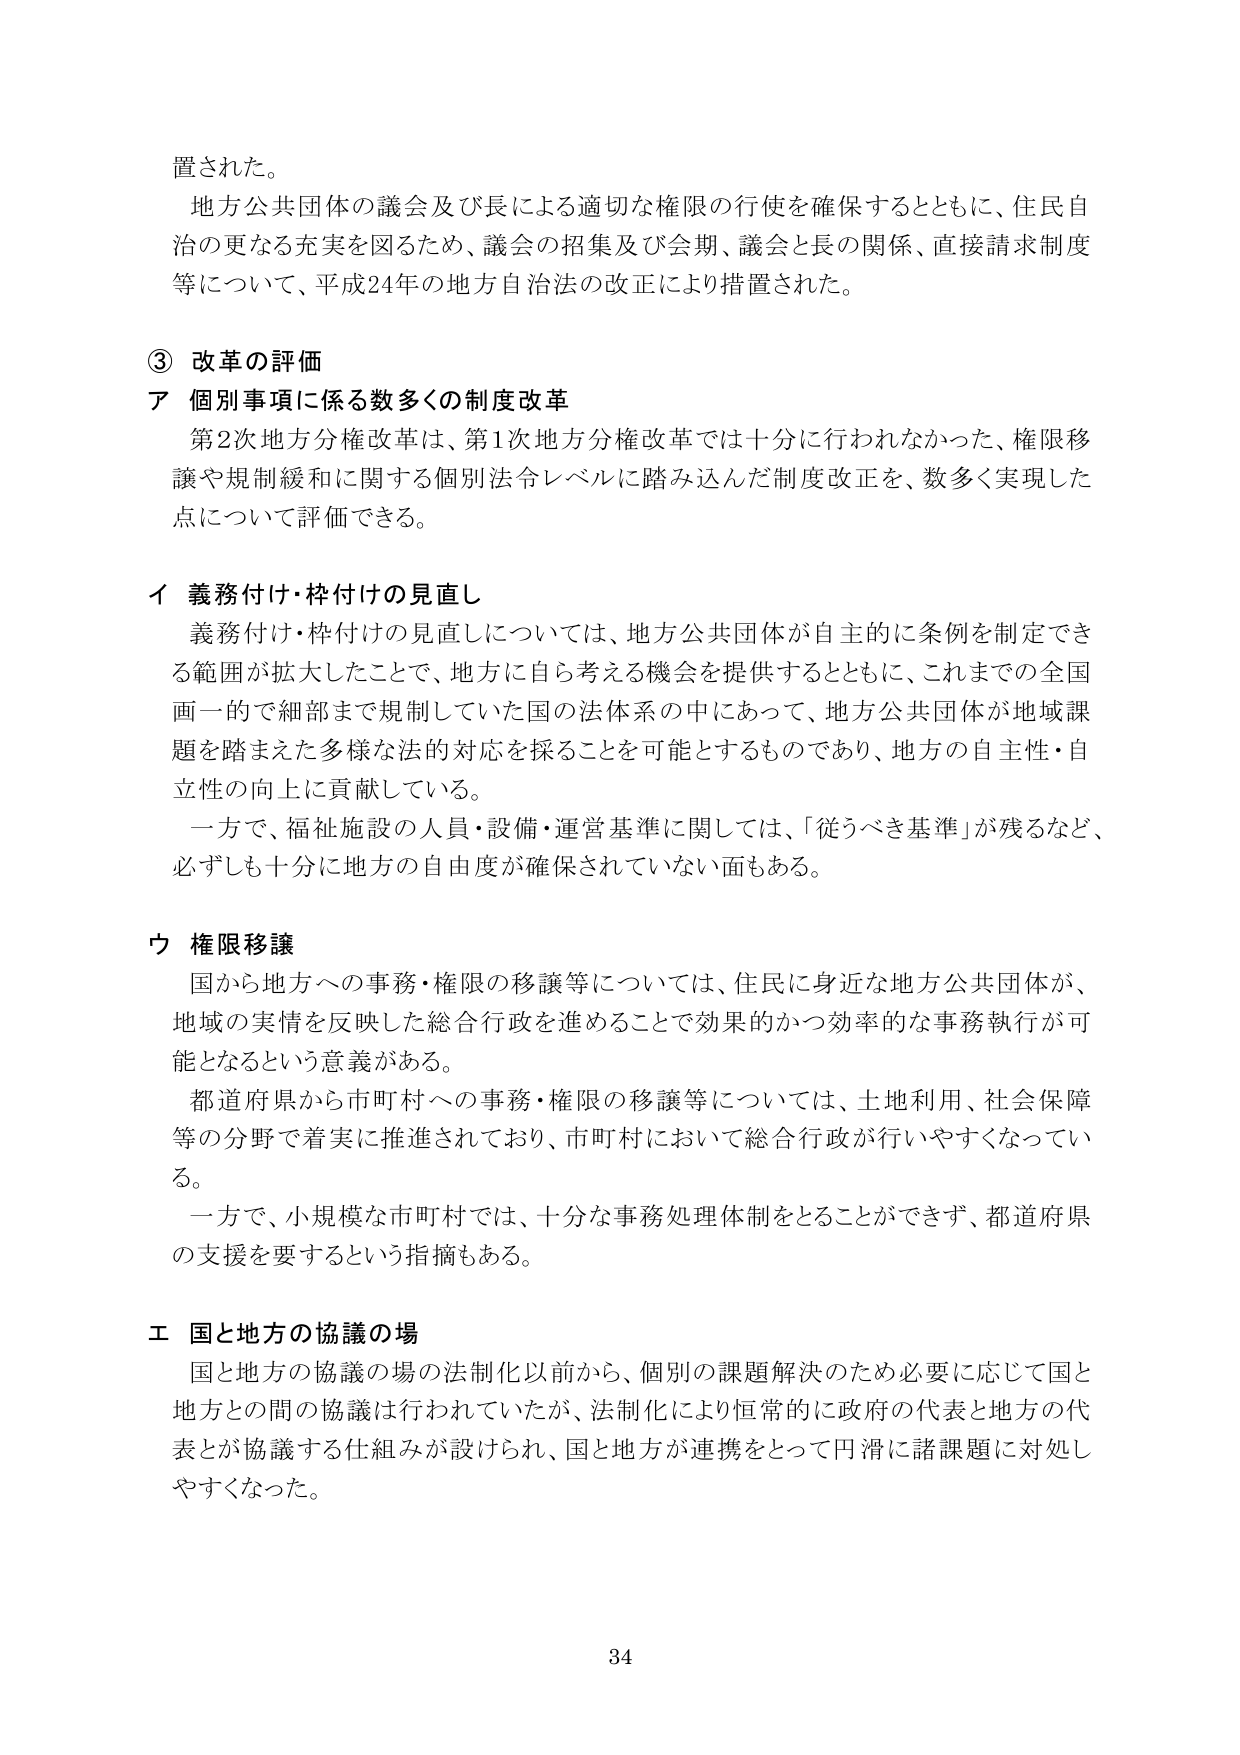
置された。
地方公共団体の議会及び長による適切な権限の行使を確保するとともに、住民自治の更なる充実を図るため、議会の招集及び会期、議会と長の関係、直接請求制度等について、平成24年の地方自治法の改正により措置された。

③ 改革の評価
ア 個別事項に係る数多くの制度改革
第2次地方分権改革は、第1次地方分権改革では十分に行われなかった、権限移譲や規制緩和に関する個別法令レベルに踏み込んだ制度改正を、数多く実現した点について評価できる。

イ 義務付け・枠付けの見直し
義務付け・枠付けの見直しについては、地方公共団体が自主的に条例を制定できる範囲が拡大したことで、地方に自ら考える機会を提供するとともに、これまでの全国画一的で細部まで規制していた国の法体系の中にあって、地方公共団体が地域課題を踏まえた多様な法的対応を採ることを可能とするものであり、地方の自主性・自立性の向上に貢献している。
一方で、福祉施設の人員・設備・運営基準に関しては、「従うべき基準」が残るなど、必ずしも十分に地方の自由度が確保されていない面もある。

ウ 権限移譲
国から地方への事務・権限の移譲等については、住民に身近な地方公共団体が、地域の実情を反映した総合行政を進めることで効果的かつ効率的な事務執行が可能となるという意義がある。
都道府県から市町村への事務・権限の移譲等については、土地利用、社会保障等の分野で着実に推進されており、市町村において総合行政が行いやすくなっている。
一方で、小規模な市町村では、十分な事務処理体制をとることができず、都道府県の支援を要するという指摘もある。

エ 国と地方の協議の場
国と地方の協議の場の法制化以前から、個別の課題解決のため必要に応じて国と地方との間の協議は行われていたが、法制化により恒常的に政府の代表と地方の代表とが協議する仕組みが設けられ、国と地方が連携をとって円滑に諸課題に対処しやすくなった。

34